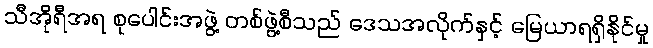
သီအိုရီအရ စုပေါင်းအဖွဲ့ တစ်ဖွဲ့စီသည် ဒေသအလိုက်နှင့် မြေယာရရှိနိုင်မှု